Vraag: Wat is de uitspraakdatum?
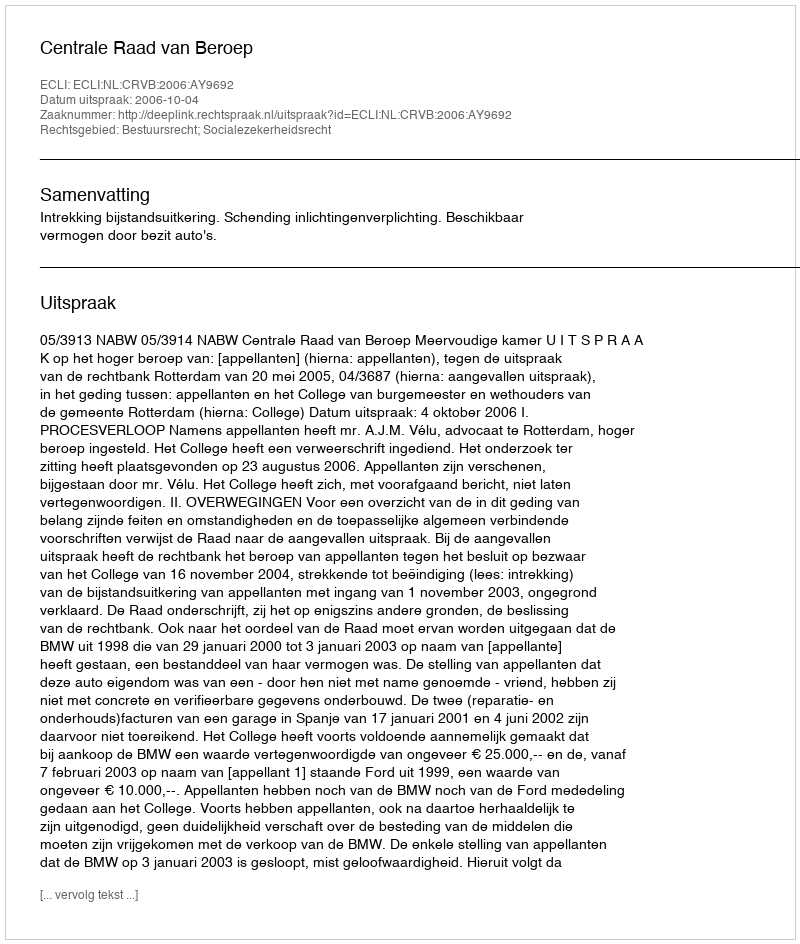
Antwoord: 2006-10-04